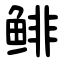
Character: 鲱